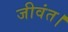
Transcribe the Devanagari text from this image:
जीवंत।